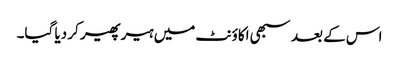
اس کے بعد سبھی اکاؤنٹ میں ہیر پھیر کر دیا گیا۔